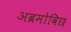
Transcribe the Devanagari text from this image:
अब्रमोविछ